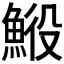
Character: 𩷍